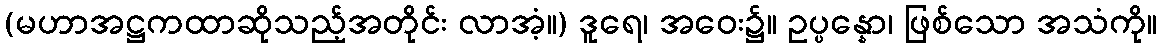
(မဟာအဋ္ဌကထာဆိုသည့်အတိုင်း လာအံ့။) ဒူရေ၊ အဝေး၌။ ဥပ္ပန္နော၊ ဖြစ်သော အသံကို။